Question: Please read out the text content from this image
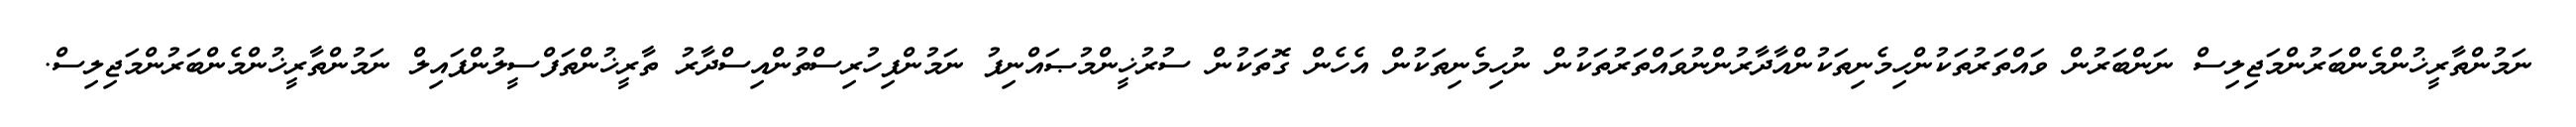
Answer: ނަމުންތާރީޚުންމެންބަރުންމަޖިލިސް ނަންބަރުން ވައްތަރުތަކުންހިމެނިތަކުންއާދާރުންނުވައްތަރުތަކުން ނުހިމެނިތަކުން އެހެން ގޮތަކުން ސުރުޚީންމުޞައްނިފު ނަމުންފިހުރިސްތުންއިސްދާރު ތާރީޚުންތަފްސީލުންފައިލް ނަމުންތާރީޚުންމެންބަރުންމަޖިލިސް.